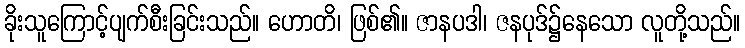
ခိုးသူကြောင့်ပျက်စီးခြင်းသည်။ ဟောတိ၊ ဖြစ်၏။ ဇာနပဒါ၊ ဇနပုဒ်၌နေသော လူတို့သည်။